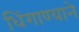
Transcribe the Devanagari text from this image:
धिंगाण्याने